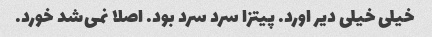
خیلی خیلی دیر اورد. پیتزا سرد سرد بود. اصلا نمی‌شد خورد.